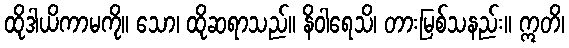
ထိုဒါယိကာမကို။ သော၊ ထိုဆရာသည်။ နိဝါရေသိ၊ တားမြစ်သနည်း။ ဣတိ၊